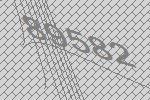
89582